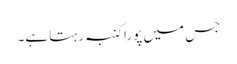
جس میں پورا کنبہ رہتا ہے۔